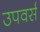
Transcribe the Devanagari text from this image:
उपवर्स